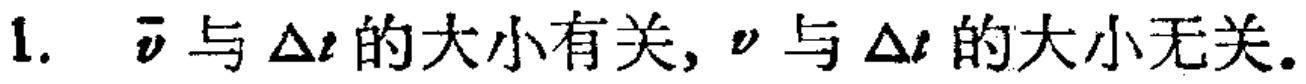
1. $\overline{v}$与$\Delta t$的大小有关, $v$与$\Delta t$的大小无关.